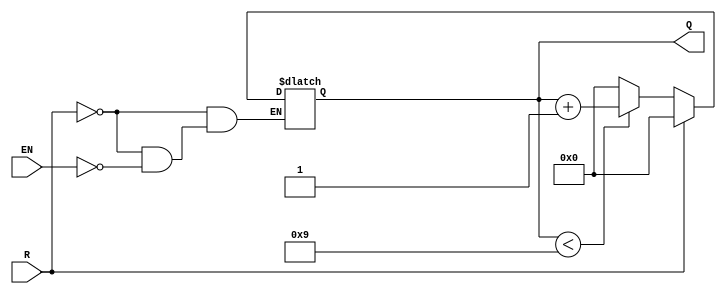
module BCD_Asynchronous_Counter (
    input wire EN,     // Enable signal
    input wire R,      // Asynchronous reset signal
    output reg [3:0] Q // 4-bit output representing BCD value
);

// Asynchronous reset and counting logic
always @(*) begin
    if (R) begin
        Q = 4'b0000; // Reset counter to 0
    end else if (EN) begin
        if (Q < 4'b1001) begin
            Q = Q + 1; // Increment counter
        end else begin
            Q = 4'b0000; // Wrap around to 0
        end
    end
end

endmodule